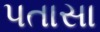
પતાસા